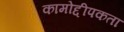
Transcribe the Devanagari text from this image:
कामोद्दीपकता